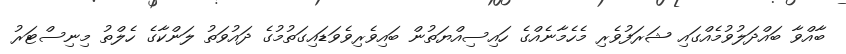
ބާއްވާ ބައްދަލުވުމެއްގައި ޝަރަފުވެރި މެހެމާނެއްގެ ހައިސިއްޔަތުން ބައިވެރިވެވަޑައިގަތުމުގެ ދައުވަތު ލަންކާގެ ހެލްތު މިނިސްޓަރު